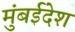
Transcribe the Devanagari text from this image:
मुंबईदेश